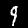
Digit: 9